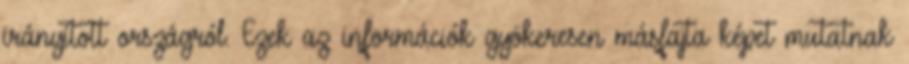
irányított országról. Ezek az információk gyökeresen másfajta képet mutatnak